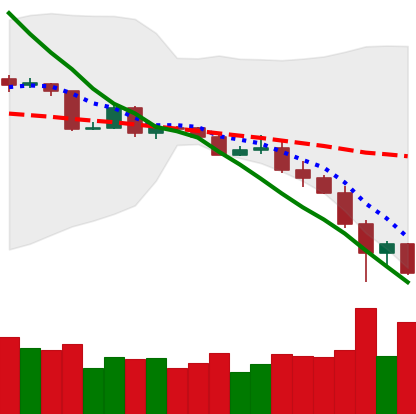
Ticker: BTC-USD
Chart end date: 2019-11-24
Forward return: 10.121%
Label: up_7plus